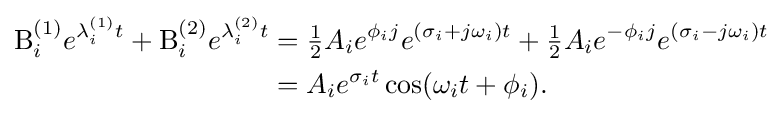
{\begin{aligned}\mathrm {B} _{i}^{(1)}e^{\lambda _{i}^{(1)}t}+\mathrm {B} _{i}^{(2)}e^{\lambda _{i}^{(2)}t}&={\tfrac {1}{2}}A_{i}e^{\phi _{i}j}e^{(\sigma _{i}+j\omega _{i})t}+{\tfrac {1}{2}}A_{i}e^{-\phi _{i}j}e^{(\sigma _{i}-j\omega _{i})t}\\&=A_{i}e^{\sigma _{i}t}\cos(\omega _{i}t+\phi _{i}).\end{aligned}}